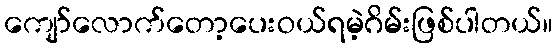
ကျော်လောက်တော့ပေးဝယ်ရမဲ့ဂိမ်းဖြစ်ပါတယ်။